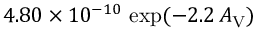
4 . 8 0 \times 1 0 ^ { - 1 0 } \, \exp ( - 2 . 2 \, A _ { \mathrm { V } } )